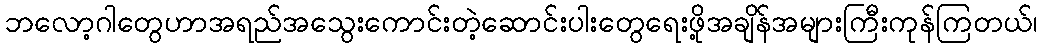
ဘလော့ဂါတွေဟာအရည်အသွေးကောင်းတဲ့ဆောင်းပါးတွေရေးဖို့အချိန်အများကြီးကုန်ကြတယ်၊